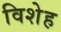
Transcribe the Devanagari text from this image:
विशेह